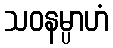
သဝနမ္ပာဟံ